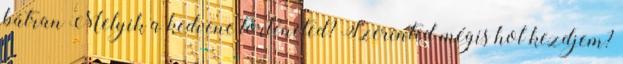
bátran Melyik a kedvenc történeted? Szerinted mégis hol kezdjem?